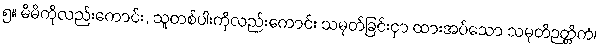
၅။ မိမိကိုလည်းကောင်း, သူတစ်ပါးကိုလည်းကောင်း သမုတ်ခြင်းငှာ ထားအပ်သော သမုတိဉတ္တိကံ၊